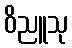
ဝိညူသု